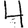
Digit: 4